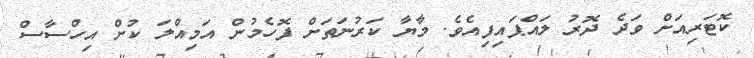
ކޮޓަރިއަށް ވަދެ ދޮރު ލައްޕައިފިއެވެ. މާޔާ ކަރުނަތަށް ފޮހެމުން އަމިއްލަ ކުށް އިހްސާސް